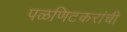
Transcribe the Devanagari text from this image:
पळणिटकरांची